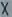
Text: X